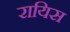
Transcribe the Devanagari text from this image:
रायिस